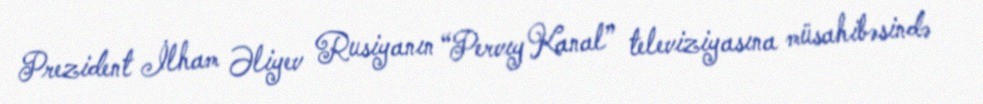
Prezident İlham Əliyev Rusiyanın “Pervıy Kanal” televiziyasına müsahibəsində